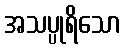
အသပ္ပုရိသော